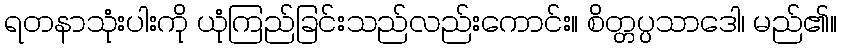
ရတနာသုံးပါးကို ယုံကြည်ခြင်းသည်လည်းကောင်း။ စိတ္တပ္ပသာဒေါ၊ မည်၏။